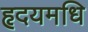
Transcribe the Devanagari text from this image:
हृदयमधि